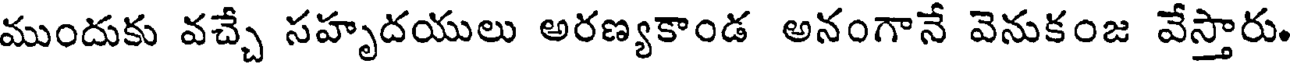
ముందుకు వచ్చే సహృదయులు అరణ్యకాండ అనంగానే వెనుకంజ వేస్తారు